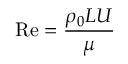
\mathrm { R e } = \frac { \rho _ { 0 } L U } { \mu }